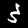
Digit: 3